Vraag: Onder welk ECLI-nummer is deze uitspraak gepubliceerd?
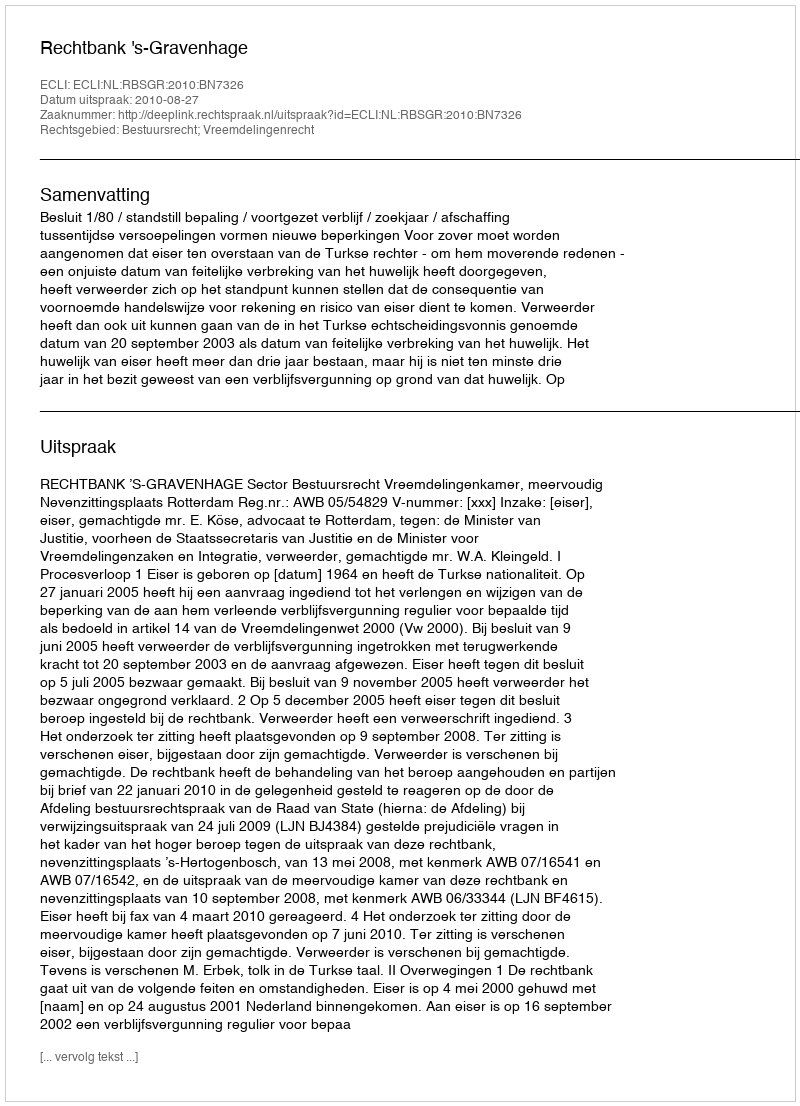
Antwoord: ECLI:NL:RBSGR:2010:BN7326